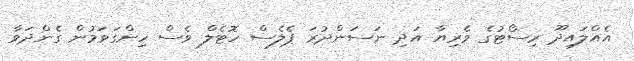
އެއްލައިދޫ ރިސޯޓުގެ ވެރިޔާ އަދި ނަސަންދުރަ ޕެލެސް ހޮޓެލް ވެސް ހިންގަވަމުން ގެންދަވާ